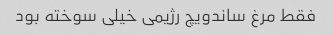
فقط مرغ ساندویچ رژیمی خیلی سوخته بود